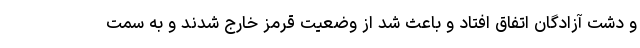
و دشت آزادگان اتفاق افتاد و باعث شد از وضعیت قرمز خارج شدند و به سمت